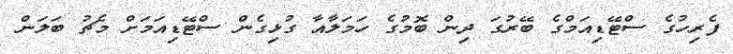
ފެރިހުގެ ސްޓޭޑިއަމްގެ ބޭރުގަ ދިން ބޮމުގެ ހަމަލާއާ ގުޅިގެން ސްޓޭޑިއަމަށް މެޗު ބަލަން